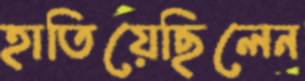
হাতিয়েছিলেন